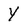
Character: Y